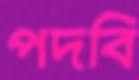
পদবি